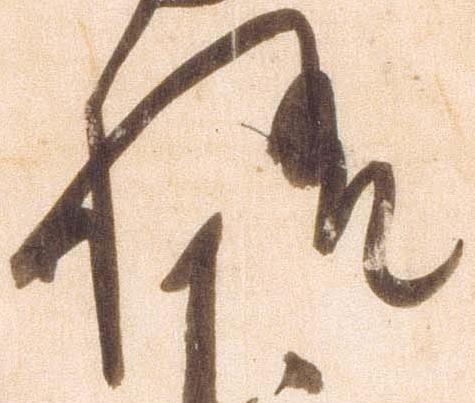
様